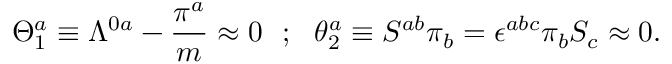
\Theta _ { 1 } ^ { a } \equiv \Lambda ^ { 0 a } - { \frac { \pi ^ { a } } { m } } \approx 0 ~ ~ ; ~ ~ \theta _ { 2 } ^ { a } \equiv S ^ { a b } \pi _ { b } = \epsilon ^ { a b c } \pi _ { b } S _ { c } \approx 0 .